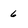
Character: 6